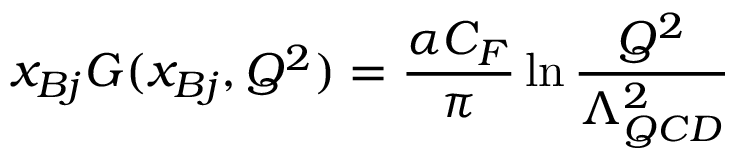
x _ { B j } G ( x _ { B j } , Q ^ { 2 } ) = \frac { \alpha C _ { F } } { \pi } \ln \frac { Q ^ { 2 } } { \Lambda _ { Q C D } ^ { 2 } }